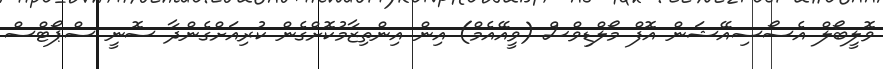
ވޮލީބޯލް އެސޯސިއޭޝަން އޮފް މޯލްޑިވްސް (ވީއޭއެމް) އިން އިންތިޒާމުކޮށްގެން ކުރިއަށްގެންދާ ސޮނީ ސްޕޯޓްސް